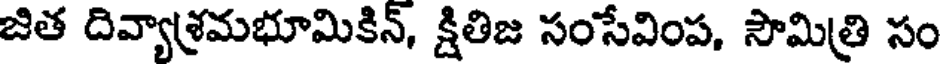
జిత దివ్యాశ్రమభూమికిన్, క్షితిజ సంసేవింప, సౌమిత్రి సం